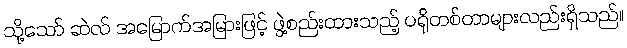
သို့သော် ဆဲလ် အမြောက်အမြားဖြင့် ဖွဲ့စည်းထားသည့် ပရိုတစ်တာများလည်းရှိသည်။